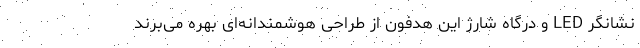
نشانگر LED و درگاه شارژ این هدفون از طراحی هوشمندانه‌ای بهره می‌برند